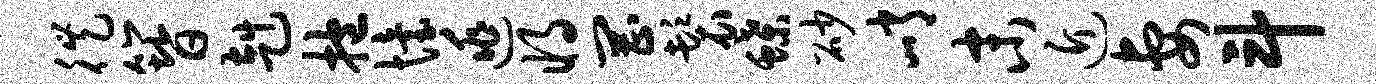
徙簪赳抱怡逃将罔鬟蝶砂峭末近妻斗